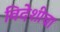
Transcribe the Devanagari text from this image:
विदेशीचा